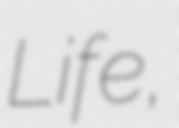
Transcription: Life,